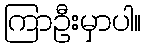
ကြာဦးမှာပါ။